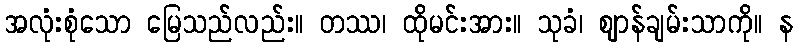
အလုံးစုံသော မြေသည်လည်း။ တဿ၊ ထိုမင်းအား။ သုခံ၊ ဈာန်ချမ်းသာကို။ န